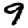
Digit: 9